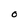
Character: O